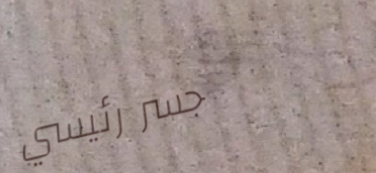
جسر رئيسي